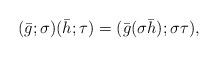
LaTeX: \begin{align*} (\bar{g};\sigma)(\bar{h};\tau) = (\bar{g} (\sigma \bar{h}); \sigma \tau),\end{align*}